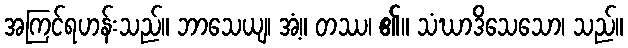
အကြင်ရဟန်းသည်။ ဘာသေယျ၊ အံ့။ တဿ၊ ၏။ သံဃာဒိသေသော၊ သည်။